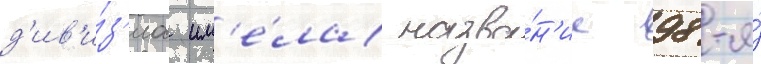
д'ив'и́з'иа им'е́ла назва́н'ие 98-я́